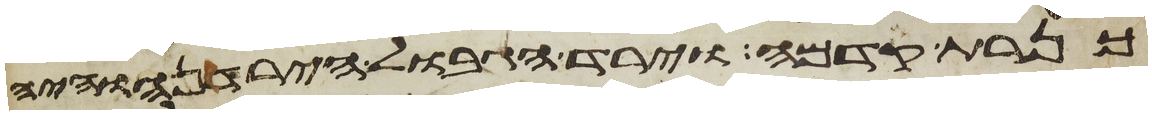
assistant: כנרת קדמה וירד הגבול הירדנה והיה